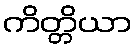
ကိတ္တိယာ